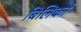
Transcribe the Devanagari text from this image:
बिलिर्का